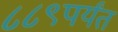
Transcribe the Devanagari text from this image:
८८९पर्यंत